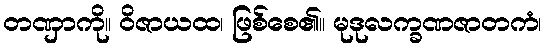
တဏှာကို။ ဝိဇာယထ၊ ဖြစ်စေ၏။ မုဒုလက္ခဏဇာတကံ၊